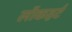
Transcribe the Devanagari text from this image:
लॉकहर्ट